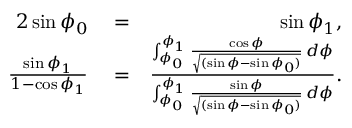
\begin{array} { r l r } { 2 \sin \phi _ { 0 } } & { { } = } & { \sin \phi _ { 1 } , } \\ { \frac { \sin \phi _ { 1 } } { 1 - \cos \phi _ { 1 } } } & { { } = } & { \frac { \int _ { \phi _ { 0 } } ^ { \phi _ { 1 } } \frac { \cos \phi } { \sqrt { ( \sin \phi - \sin \phi _ { 0 } ) } } \, d \phi } { \int _ { \phi _ { 0 } } ^ { \phi _ { 1 } } \frac { \sin \phi } { \sqrt { ( \sin \phi - \sin \phi _ { 0 } ) } } \, d \phi } . } \end{array}